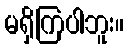
မရှိကြပါဘူး။